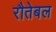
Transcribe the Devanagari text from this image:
रौतेबल